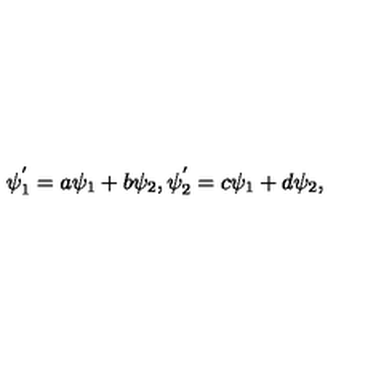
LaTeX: \psi _ { 1 } ^ { ' } = a \psi _ { 1 } + b \psi _ { 2 } , \psi _ { 2 } ^ { ' } = c \psi _ { 1 } + d \psi _ { 2 } ,